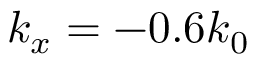
k _ { x } = - 0 . 6 k _ { 0 }